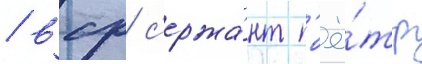
/ вср с'ержа́нт п'ё́тр